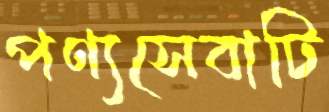
পণ্যসেবাটি